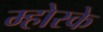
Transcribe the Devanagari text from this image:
म्होरके